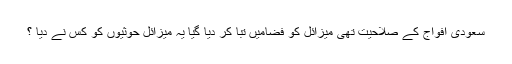
سعودی افواج کے صلاحیت تھی میزائل کو فضامیں تبا کر دیا گیا یہ میزائل حوثیوں کو کس نے دیا ؟